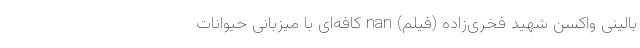
بالینی واکسن شهید فخری‌زاده (فیلم) nan کافه‌ای با میزبانی حیوانات